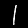
Digit: 1